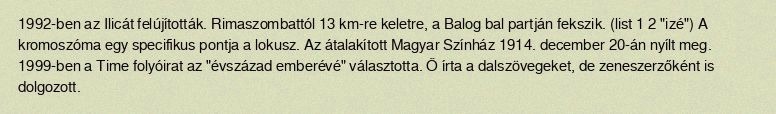
1992-ben az Ilicát felújították. Rimaszombattól 13 km-re keletre, a Balog bal partján fekszik. (list 1 2 "izé") A kromoszóma egy specifikus pontja a lokusz. Az átalakított Magyar Színház 1914. december 20-án nyílt meg. 1999-ben a Time folyóirat az "évszázad emberévé" választotta. Ő írta a dalszövegeket, de zeneszerzőként is dolgozott.